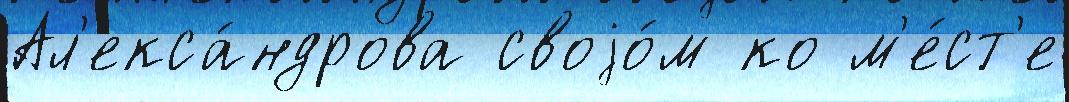
Ал'екса́ндрова своjо́м ко м'е́ст'е